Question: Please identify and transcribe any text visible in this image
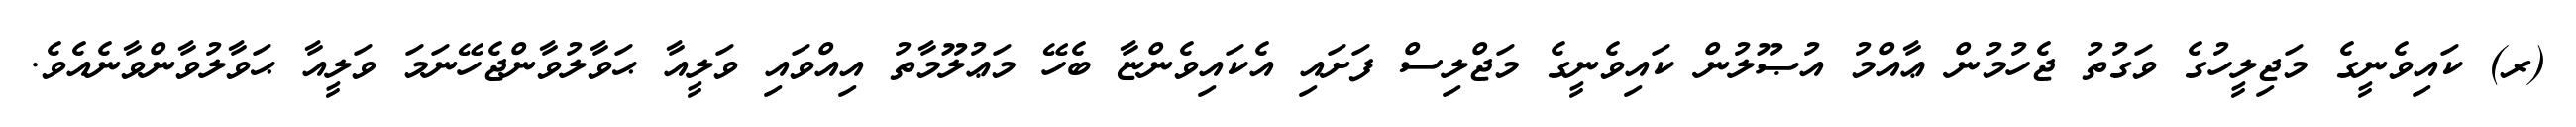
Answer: (ރ) ކައިވެނީގެ މަޖިލީހުގެ ވަގުތު ޖެހުމުން ޢާއްމު އުޞޫލުން ކައިވެނީގެ މަޖްލިސް ފަށައި އެކައިވެންޏާ ބެހޭ މަޢުލޫމާތު އިއްވައި ވަލީއާ ޙަވާލުވާންޖެހޭނަމަ ވަލީއާ ޙަވާލުވާންވާނެއެވެ.